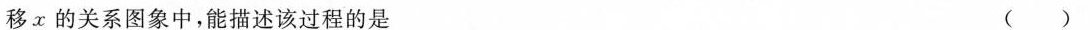
移x的关系图象中，能描述该过程的是 ()